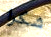
شكرا